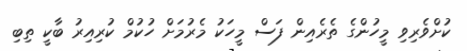
ކުށްވެރިވި މީހުންގެ ތެރެއިން ފަސް މީހަކު މެރުމަށް ހުކުމް ކުރިއިރު ބާކީ ތިބި